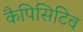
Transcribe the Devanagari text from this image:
कैपिसिटिव